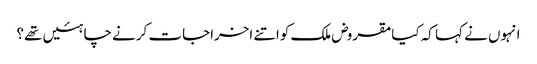
انہوں نے کہا کہ کیامقروض ملک کواتنے اخراجات کرنے چاہئیں تھے؟